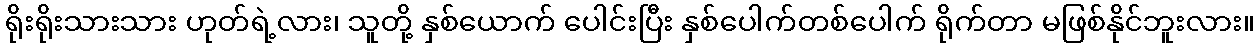
ရိုးရိုးသားသား ဟုတ်ရဲ့လား၊ သူတို့ နှစ်ယောက် ပေါင်းပြီး နှစ်ပေါက်တစ်ပေါက် ရိုက်တာ မဖြစ်နိုင်ဘူးလား။